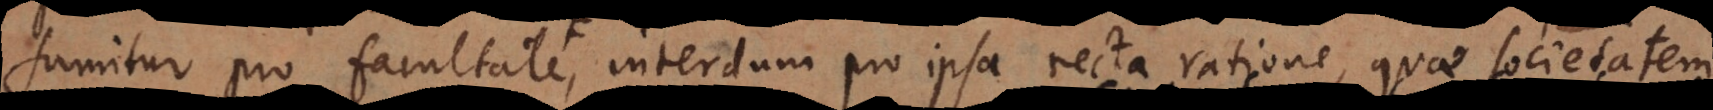
sumitur pro facultate, interdum pro ipsa recta ratione, quae societatem